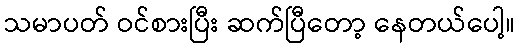
သမာပတ် ဝင်စားပြီး ဆက်ပြီတော့ နေတယ်ပေါ့။